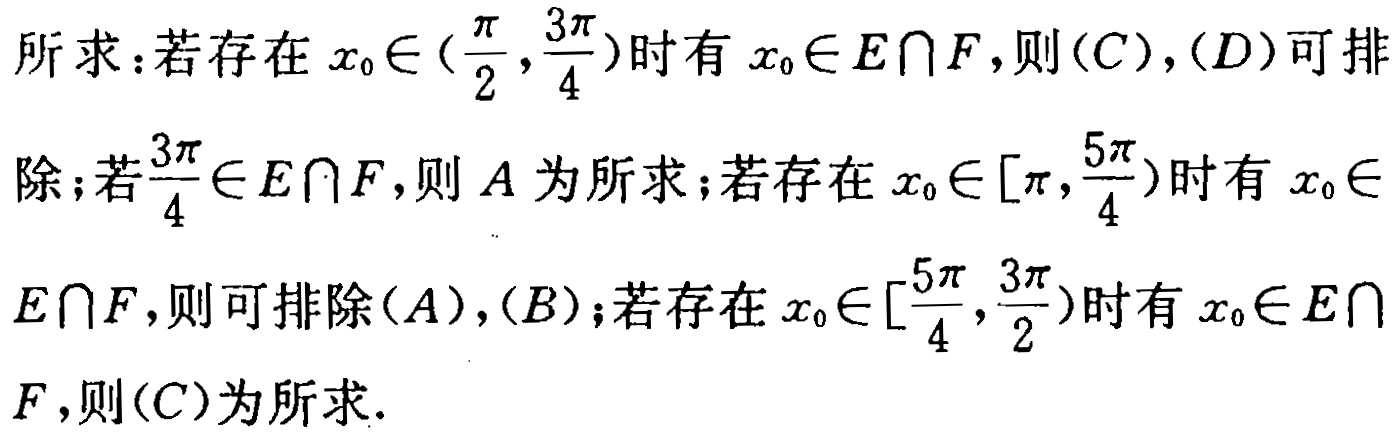
所求：若存在 \(x_{0}\in(\frac{\pi}{2},\frac{3\pi}{4})\)时有 \(x_{0}\in E\cap F\)，则\((C)\)，\((D)\)可排
除；若\(\frac{3\pi}{4}\in E\cap F\)，则 \(A\) 为所求；若存在 \(x_{0}\in[\pi,\frac{5\pi}{4})\)时有 \(x_{0}\in\)
\(E\cap F\)，则可排除\((A)\)，\((B)\)；若存在 \(x_{0}\in[\frac{5\pi}{4},\frac{3\pi}{2})\)时有 \(x_{0}\in E\cap\)
\(F\)，则\((C)\)为所求.